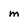
Character: m